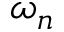
\omega _ { n }